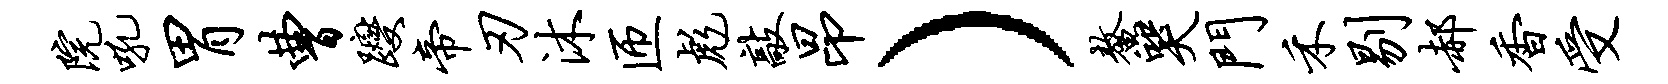
院吼胃曹躞帝刃沐匝彪敲昂）鳌哭门禾剔郝香受